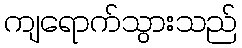
ကျရောက်သွားသည်